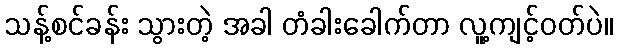
သန့်စင်ခန်း သွားတဲ့ အခါ တံခါးခေါက်တာ လူ့ကျင့်ဝတ်ပဲ။